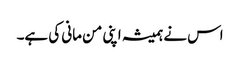
اس نے ہمیشہ اپنی من مانی کی ہے۔